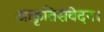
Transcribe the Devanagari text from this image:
आकृतिसंवेदन।